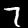
Label: 7